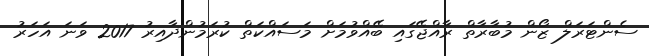
ސެންޓަރަލް ޒޯން މުބާރާތް ރާއްޖޭގައި ބޭއްވުމަށް މަސައްކަތް ކުރަމުންދާއިރު 2017 ވަނަ އަހަރު